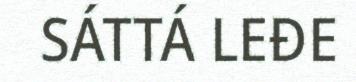
SÁTTÁ LEĐE